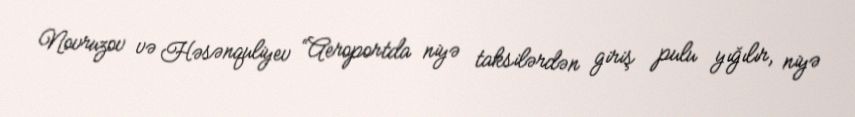
Novruzov və Həsənquliyev “Aeroportda niyə taksilərdən giriş pulu yığılır, niyə